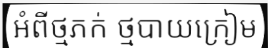
អំពីថ្មភក់ ថ្មបាយក្រៀម